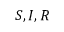
S , I , R